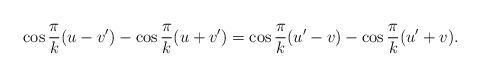
LaTeX: \begin{align*}\cos\frac\pi k(u-v')-\cos\frac\pi k(u+v')=\cos\frac\pi k(u'-v)-\cos\frac\pi k(u'+v).\end{align*}